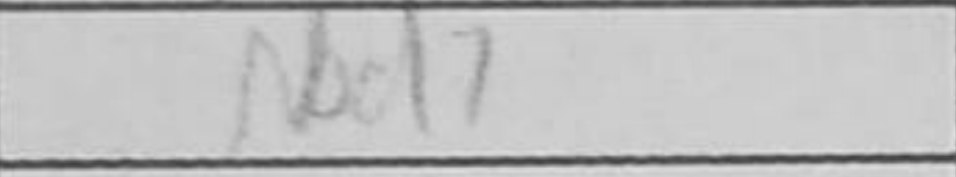
Transcription: Nd7